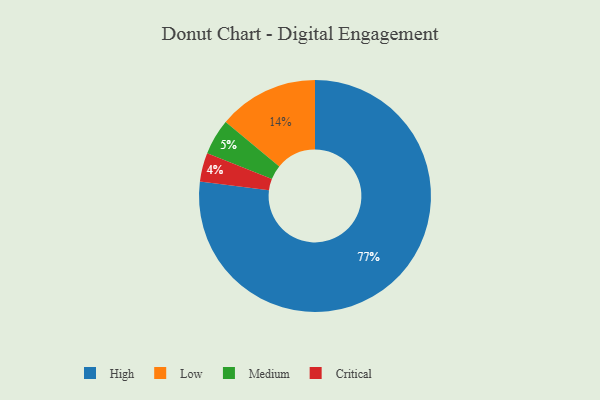
{"axis": {"x": "Category", "y": "Percentage"}, "legend": ["Critical", "High", "Low", "Medium"], "data": [{"x": "Medium", "y": 5, "type": "Medium"}, {"x": "Critical", "y": 4, "type": "Critical"}, {"x": "Low", "y": 14, "type": "Low"}, {"x": "High", "y": 77, "type": "High"}]}